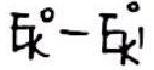
$E_{k}^{\circ}-E_{k'}^{\circ}$